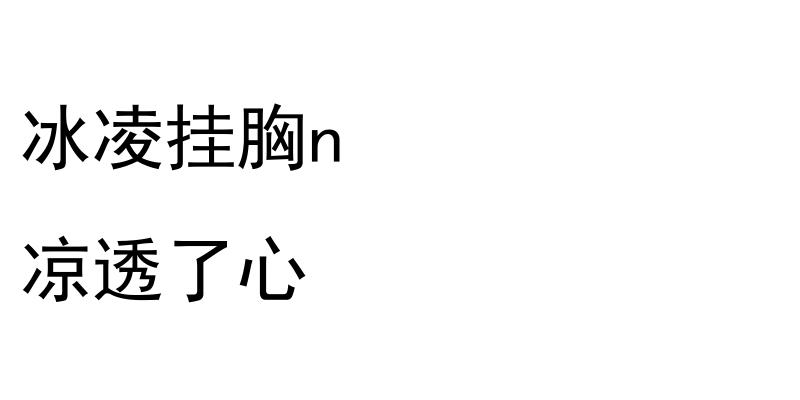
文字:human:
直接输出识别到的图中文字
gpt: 冰凌挂胸n 凉透了心